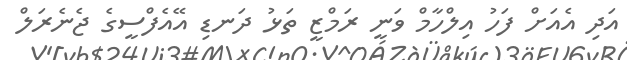
އަދި އެއަށް ފަހު އިލްހާމް ވަނީ ރަމްޒީ ތަޅު ދަނޑި އޭއެފްސީގެ ޖެނެރަލް